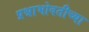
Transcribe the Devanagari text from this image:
प्रश्नाभोवतीच्या